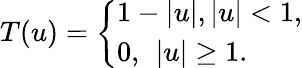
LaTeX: T(u)=\left\{ \begin{array}{ll}{1-\left|u\right|,\left|u\right|<1,}\\ {0,\ \left|u\right|\geq 1.}\end{array}\right.